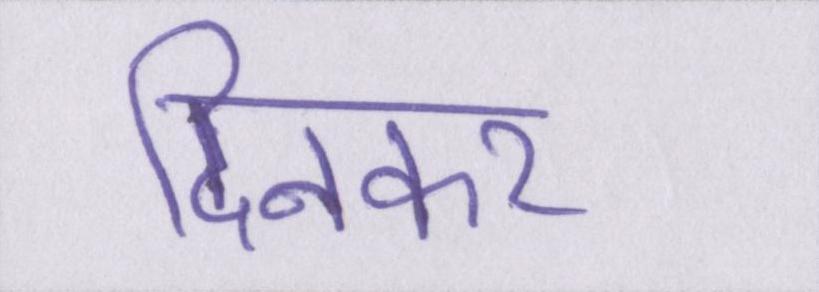
दिनकर